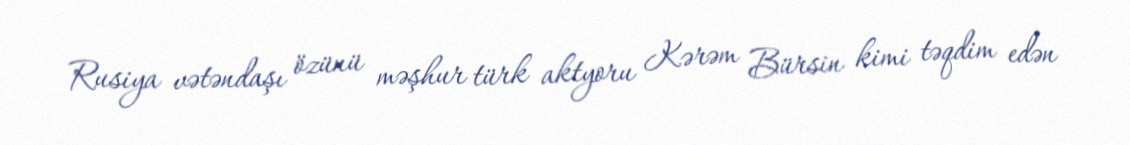
Rusiya vətəndaşı özünü məşhur türk aktyoru Kərəm Bürsin kimi təqdim edən